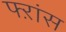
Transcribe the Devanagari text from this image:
फ्ऱांस